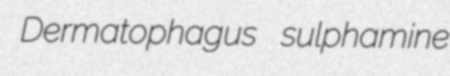
Dermatophagus sulphamine